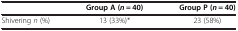
<table><thead><tr><td><b> </b></td><td><b>Group A (<i>n</i> = 40)</b></td><td><b>Group P (<i>n</i> = 40)</b></td></tr></thead><tbody><tr><td>Shivering <i>n</i> (%)</td><td>13 (33%)*</td><td>23 (58%)</td></tr></tbody></table>